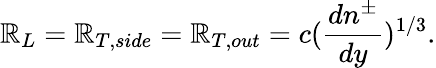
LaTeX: \mathbb{R}_{L}=\mathbb{R}_{T,side}=\mathbb{R}_{T,out}=c({\frac{{dn^{\pm}}}{{dy}}})^{1/3}.